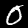
Label: 0